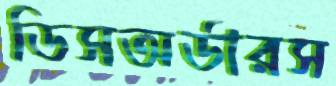
ডিসঅর্ডারস